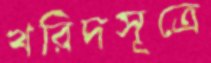
খরিদসূত্রে